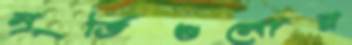
মূর্তিগুলোর